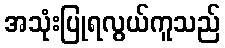
အသုံးပြုရလွယ်ကူသည်